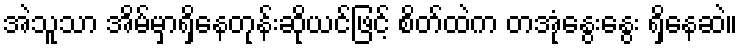
အဲသူသာ အိမ်မှာရှိနေတုန်းဆိုယင်ဖြင့် စိတ်ထဲက တအုံနွေးနွေး ရှိနေဆဲ။